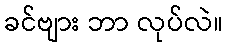
ခင်ဗျား ဘာ လုပ်လဲ။